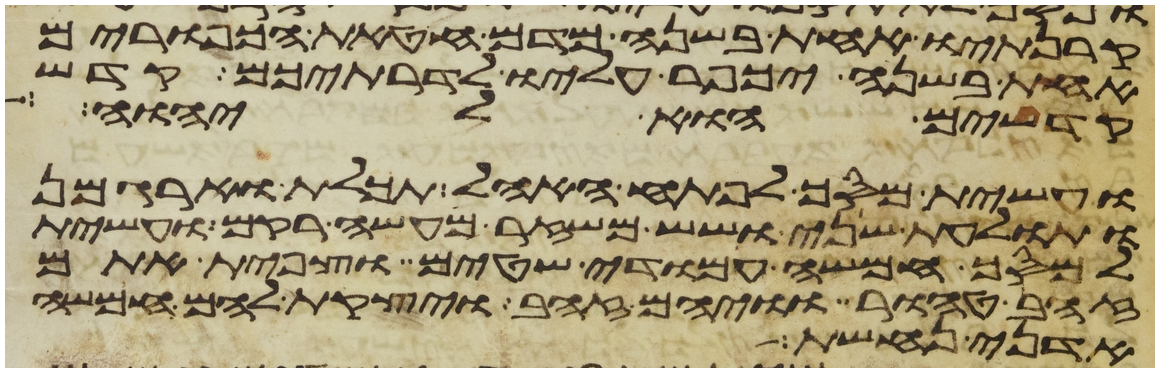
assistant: קרנתיו אחת בשנה מדם חטאת הכפורים
אחת בשנה יכפר עליו לדרתיכם קדש
קדשים הוא ליהוה
ועשית מסך לפתח האהל תכלת וארגמן
ותולעת שני ושש משזר מעשה רקם ועשית
למסך חמשה עמודי שטים וצפית אתם
זהב טהור וויהם זהב ויצקת להם חמשה
אדני נחשת